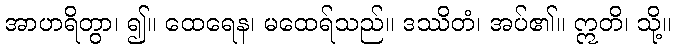
အာဟရိတွာ၊ ၍။ ထေရေန၊ မထေရ်သည်။ ဒဿိတံ၊ အပ်၏။ ဣတိ၊ သို့။